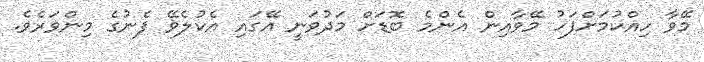
މޭވާ ހިއްކުމަށްފަހު މޭވާއިން އެންމެ ބޮޑަށް މަދުވަނީ އޭގައި އެކުލެވޭ ފެނުގެ މިންވަރެވެ.